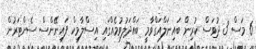
6 މަސް 3 ދުވަސް ކުރިން ބައިނަލްއަގްވާމީ ބައްދަލުވުމެއްގައި އިސްލާމިކް ފައިނޭންސް ސެންޓަރުން